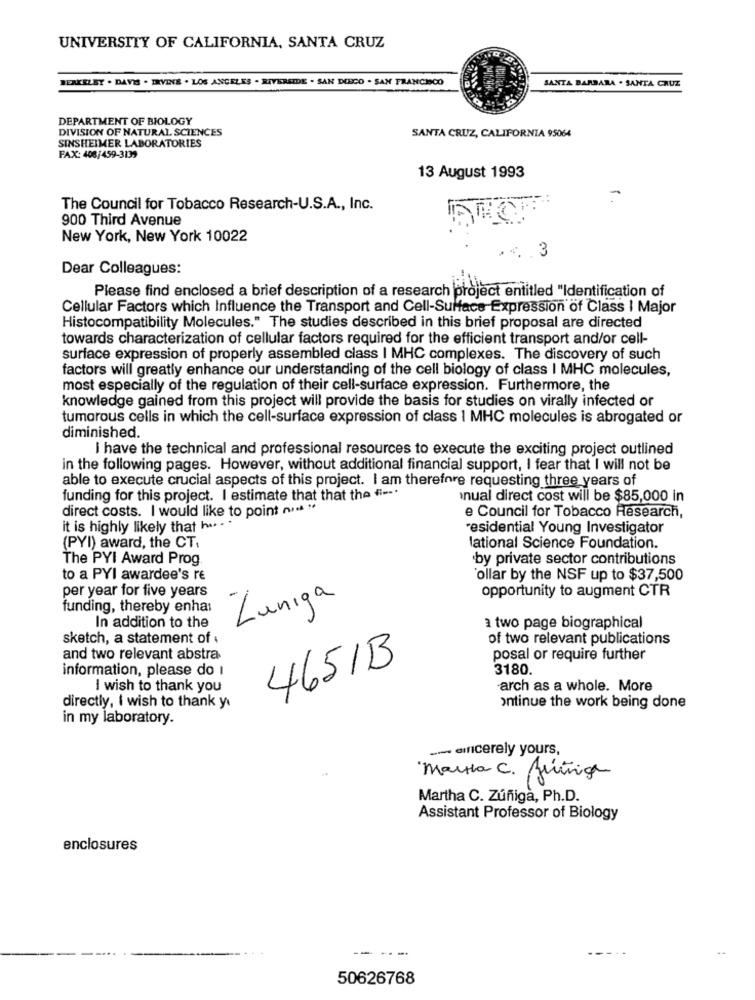
UNIVERSITY OF CALIFORNIA, SANTA CRUZ
BERKELEY . DAVIS . IRVINE . LOS ANGELES . RIVERSIDE . SAN DEECO - SAN FRANCISCO
SANTA BARBARA . SANTA CRUZ
DEPARTMENT OF BIOLOGY
DIVISION OF NATURAL SCIENCES
SANTA CRUZ, CALIFORNIA 95064
SINSHEIMER LABORATORIES
FAX: 408/459-3139
13 August 1993
The Council for Tobacco Research-U.S.A ., Inc.
900 Third Avenue
New York, New York 10022
4. 3
Dear Colleagues:
Please find enclosed a brief description of a research project entitled "Identification of
Cellular Factors which Influence the Transport and Cell-Surface Expression of Class I Major
Histocompatibility Molecules." The studies described in this brief proposal are directed
towards characterization of cellular factors required for the efficient transport and/or cell-
surface expression of properly assembled class I MHC complexes. The discovery of such
factors will greatly enhance our understanding of the cell biology of class I MHC molecules,
most especially of the regulation of their cell-surface expression. Furthermore, the
knowledge gained from this project will provide the basis for studies on virally infected or
tumorous cells in which the cell-surface expression of class I MHC molecules is abrogated or
diminished.
I have the technical and professional resources to execute the exciting project outlined
in the following pages. However, without additional financial support, I fear that I will not be
able to execute crucial aspects of this project. I am therefore requesting three years of
funding for this project. I estimate that that the f --*
ual direct cost will be $85,000 in
direct costs. I would like to point not "
e Council for Tobacco Research,
it is highly likely that h. . .
residential Young Investigator
(PYI) award, the CT.
lational Science Foundation.
The PYI Award Prog
by private sector contributions
to a PYI awardee's re
`ollar by the NSF up to $37,500
per year for five years
opportunity to augment CTR
funding, thereby enhai
Zuniga
In addition to the
a two page biographical
sketch, a statement of :
of two relevant publications
and two relevant abstra
4651B
posal or require further
information, please do I
3180.
I wish to thank you
arch as a whole. More
directly, i wish to thank yı
ontinue the work being done
in my laboratory.
-- sincerely yours,
Martha C. fúrúnica
Martha C. Zúñiga, Ph.D.
Assistant Professor of Biology
enclosures
--.
--
50626768